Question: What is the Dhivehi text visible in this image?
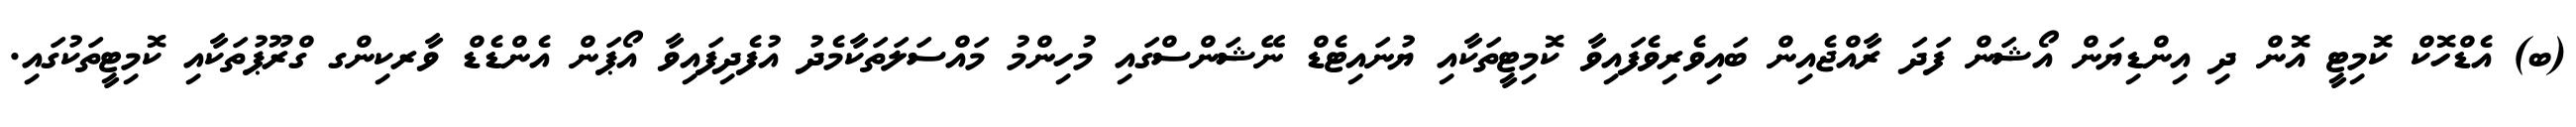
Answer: (ބ) އެޑްހޮކް ކޮމިޓީ އޮން ދި އިންޑިޔަން އޯޝަން ފަދަ ރާއްޖެއިން ބައިވެރިވެފައިވާ ކޮމިޓީތަކާއި ޔުނައިޓެޑް ނޭޝަންސްގައި މުހިންމު މައްސަލަތަކާމެދު އުފެދިފައިވާ އޯޕަން އެންޑެޑް ވާރކިންގ ގްރޫޕުތަކާއި ކޮމިޓީތަކުގައި.